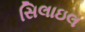
સિલાઇલ